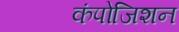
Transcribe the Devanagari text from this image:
कंपोजिशन